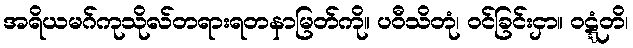
အရိယမဂ်ကုသိုလ်တရားရတနာမြတ်ကို။ ပဝီသိတုံ၊ ဝင်ခြင်းငှာ။ ဝဋ္ဋံတိ၊